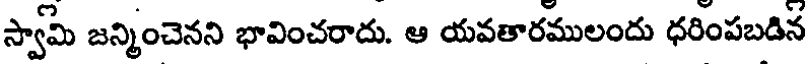
స్వామి జన్మించెనని భావించరాదు. ఆ యవతారములందు ధరింపబడిన